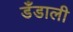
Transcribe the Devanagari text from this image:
डँडाली